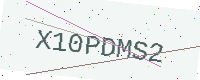
Text: X10PDMS2